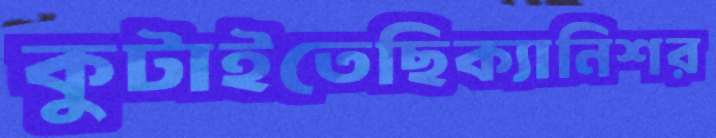
কুটাইতেছিক্যানিশর